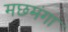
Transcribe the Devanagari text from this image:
मछमंगा